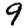
Digit: 9